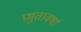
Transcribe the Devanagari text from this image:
प्रभुतावर्षा